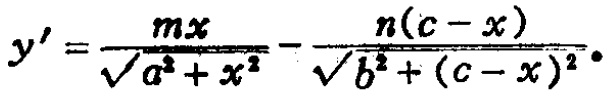
\[y' = \frac{mx}{\sqrt{a^{2}+x^{2}}}-\frac{n(c - x)}{\sqrt{b^{2}+(c - x)^{2}}}\]